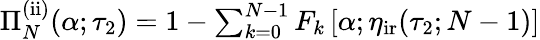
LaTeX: \begin{array}{r}{\Pi_{N}^{\mathrm{(ii)}}(\alpha;\tau_{2})=1-\sum_{k=0}^{N-1}F_{k}\left[\alpha;\eta_{\mathrm{ir}}(\tau_{2};N-1)\right]}\end{array}